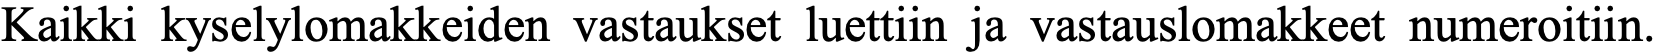
Kaikki kyselylomakkeiden vastaukset luettiin ja vastauslomakkeet numeroitiin.